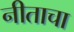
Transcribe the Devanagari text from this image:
नीताचा